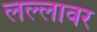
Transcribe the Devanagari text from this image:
लल्लावर